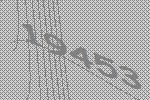
19453